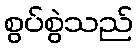
စွပ်စွဲသည်